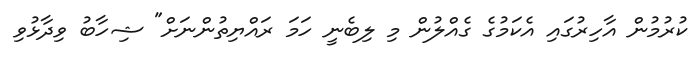
ކުރުމުން އާހިރުގައި އެކަމުގެ ގެއްލުން މި ލިބެނީ ހަމަ ރައްޔިތުންނަށް" ޝިހާބު ވިދާޅުވި